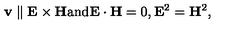
\mathbf { v } \parallel \mathbf { E } \times \mathbf { H } \mathrm { a n d } \mathbf { E } \cdot \mathbf { H } = 0 , \mathbf { E } ^ { 2 } = \mathbf { H } ^ { 2 } ,